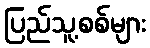
ပြည်သူ့စစ်များ